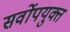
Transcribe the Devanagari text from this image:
सर्वोपयुक्त